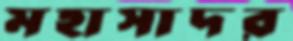
মহাসাদর